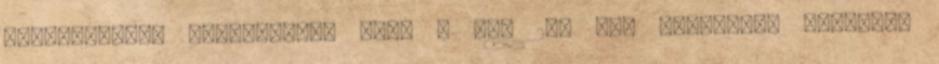
nyitottságát bizonyítja, hogy a VST 2.0 spe cifikáció szabadon